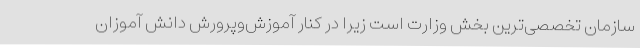
سازمان تخصصی‌ترین بخش وزارت است زیرا در کنار آموزش‌وپرورش دانش آموزان